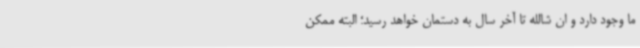
ما وجود دارد و ان شالله تا آخر سال به دستمان خواهد رسید؛ البته ممکن